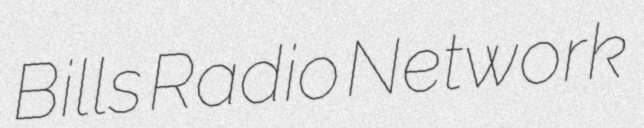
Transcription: Bills Radio Network